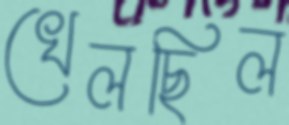
খেলছিল